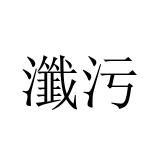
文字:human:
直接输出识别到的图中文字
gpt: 瀸污